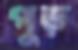
পুড়